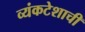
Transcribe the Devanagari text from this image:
व्यंकटेशाची